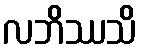
လဘိဿသိ